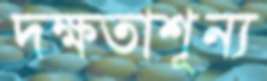
দক্ষতাশূন্য